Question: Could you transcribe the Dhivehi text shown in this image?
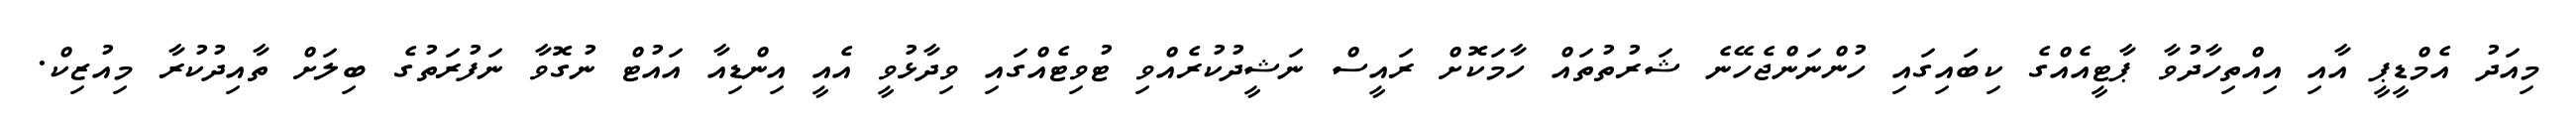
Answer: މިއަދު އެމްޑީޕީ އާއި އިއްތިހާދުވާ ޕާޓީއެއްގެ ކިބައިގައި ހުންނަންޖެހޭނެ ޝަރުތުތައް ހާމަކޮށް ރައީސް ނަޝީދުކުރެއްވި ޓުވިޓެއްގައި ވިދާޅުވީ އެއީ އިންޑިއާ އައުޓް ނުގޮވާ ނަފުރަތުގެ ބިލަށް ތާއިދުކުރާ މިއުޒިކް.